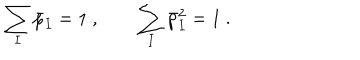
LaTeX: \sum _ { I } \bar { p } _ { I } = 1 \ , \qquad \sum _ { I } \bar { p } _ { I } ^ { 2 } = 1 \ .